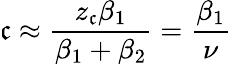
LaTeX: \mathfrak{c}\approx\frac{{z_{\mathfrak{c}}\beta_{1}}}{{\beta_{1}+\beta_{2}}}=\frac{{\beta_{1}}}{{\nu}}